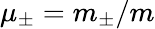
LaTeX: \mu_{\pm}=m_{\pm}/m